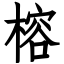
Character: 榕